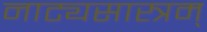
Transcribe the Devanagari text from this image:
नाट्यसास्त्रम्